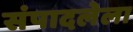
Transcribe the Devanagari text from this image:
संपादलेला